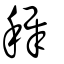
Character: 稺